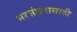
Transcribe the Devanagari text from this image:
नरसंहारासाठी